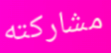
مشاركته